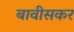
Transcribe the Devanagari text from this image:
बावीसकर